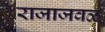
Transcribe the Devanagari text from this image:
राजाजवळ